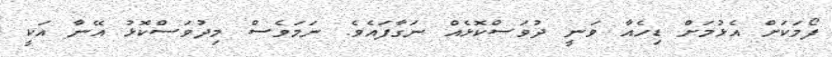
ފޯމަކަށް އެޅުމަށް ޑިހެއާ ވަނީ ދުވަސްކޮޅެއް ނަގާފައެވެ. ނަމަވެސް މިދުވަސްކޮޅު އޭނާ އަކީ